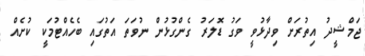
ޖަމްޝީދު އިތުރަށް ވިދާޅުވީ ވަގު ޑޮލަރު ގެންގުޅުން ނުވަތަ އަތުގައި ބެހެއްޓުމަކީ ކުށެއް